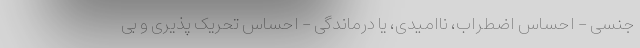
جنسی - احساس اضطراب، ناامیدی، یا درماندگی - احساس تحریک پذیری و بی